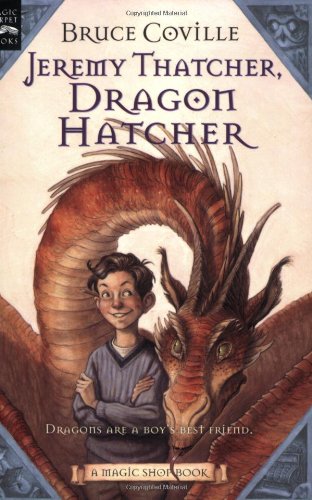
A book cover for Jeremy Thatcher, Dragon Hatcher: A Magic Shop Book; Bruce Coville; Children's Books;